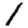
Digit: 1